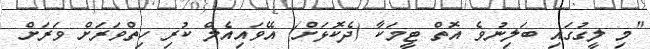
"މި ލީގުގައި ބަލިނުވެ އޮތް ޓީމަކާ (ދެކޮޅަށް) އޭވައިއެލް ކުރި ހިތްވަރަށް ވަރަށް